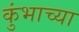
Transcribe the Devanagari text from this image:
कुंभाच्या